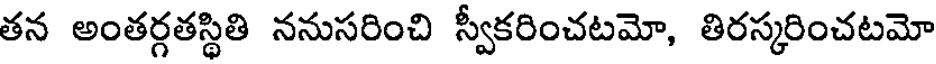
తన అంతర్గతస్థితి ననుసరించి స్వీకరించటమో, తిరస్కరించటమో